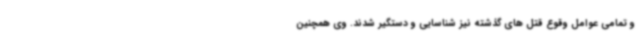
و تمامی عوامل وقوع قتل های گذشته نیز شناسایی و دستگیر شدند. وی همچنین